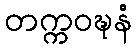
တက္ကဝဍ္ဎနံ